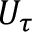
U _ { \tau }